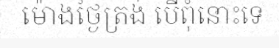
ម៉ោងថ្ងៃត្រង់ បើពុំនោះទេ